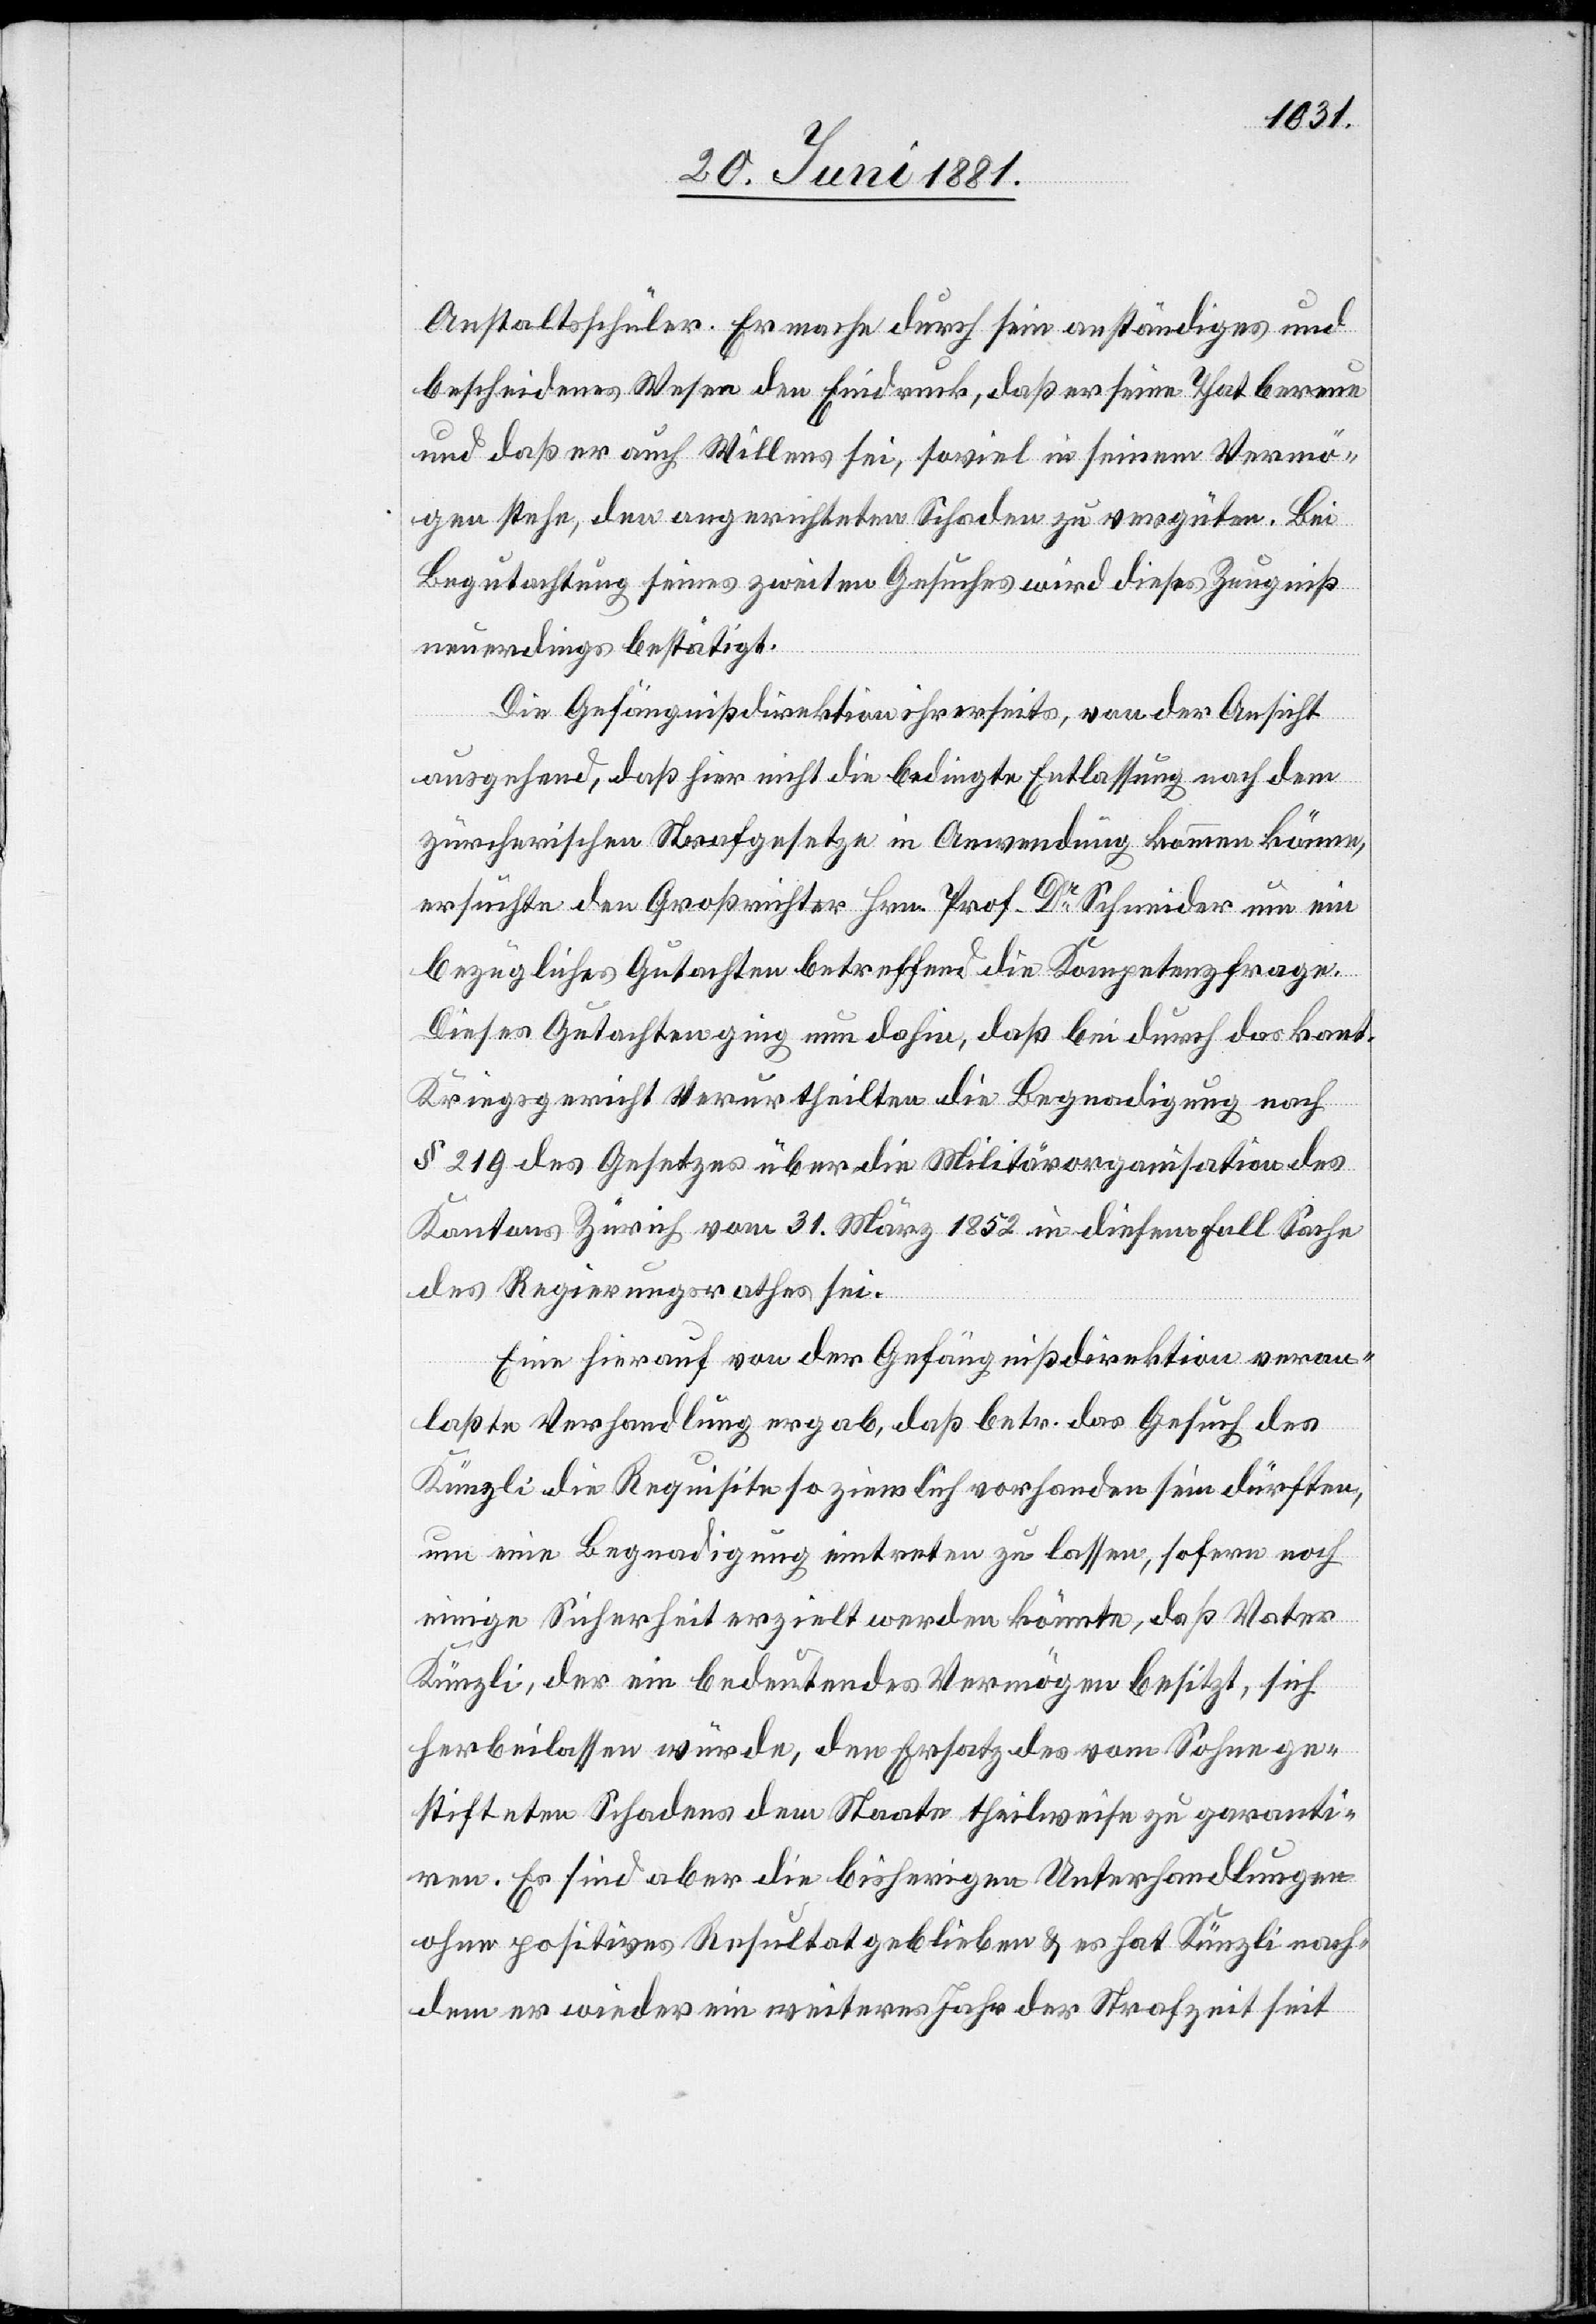
Anstaltsschüler. Er mache durch sein anständiges und
bescheidenes Wesen den Eindruck, daß er seine That bereue
und daß er auch Willens sei, soviel in seinem Vermö¬
gen stehe, den angerichteten Schaden zu vergüten. Bei
Begutachtung seines zweiten Gesuches wird dieses Zeugniß
neuerdings bestätigt.
Die Gefängnißdirektion ihrerseits, von der Ansicht
ausgehend, daß hier nicht die bedingte Entlassung nach dem
zürcherischen Strafgesetze in Anwendung kommen könne,
ersuchte den Großrichter Hrn. Prof. Dr Schneider um ein
bezügliches Gutachten betreffend die Kompetenzfrage.
Dieses Gutachten ging nun dahin, daß bei durch das kant.
Kriegsgericht Verurtheilten die Begnadigung nach
§ 219 des Gesetzes über die Militärorganisation des
Kantons Zürich vom 31. März 1852 in diesem Fall Sache
des Regierungsrathes sei.
Eine hierauf von der Gefängnißdirektion veran¬
laßte Verhandlung ergab, daß betr. das Gesuch des
Künzli die Requisite so ziemlich vorhanden sein dürften,
um eine Begnadigung eintreten zu lassen, sofern noch
einige Sicherheit erzielt werden könnte, daß Vater
Künzli, der ein bedeutendes Vermögen besitzt, sich
herbeilassen würde, den Ersatz des vom Sohne ge¬
stifteten Schadens dem Staate theilweise zu garanti¬
ren. Es sind aber die bisherigen Unterhandlungen
ohne positives Resultat geblieben & es hat Künzli nach¬
dem er wieder ein weiteres Jahr der Strafzeit seit